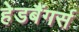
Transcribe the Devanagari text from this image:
हेडबैंगर्स